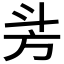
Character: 𣃜